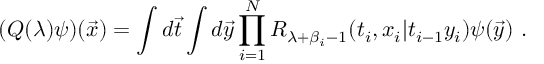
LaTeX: ( Q ( \lambda ) \psi ) ( { \vec { x } } ) = \int d { \vec { t } } \int d { \vec { y } } \prod _ { i = 1 } ^ { N } R _ { \lambda + \beta _ { i } - 1 } ( t _ { i } , x _ { i } | t _ { i - 1 } y _ { i } ) \psi ( { \vec { y } } ) ~ .